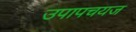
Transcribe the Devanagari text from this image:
उपापचयज